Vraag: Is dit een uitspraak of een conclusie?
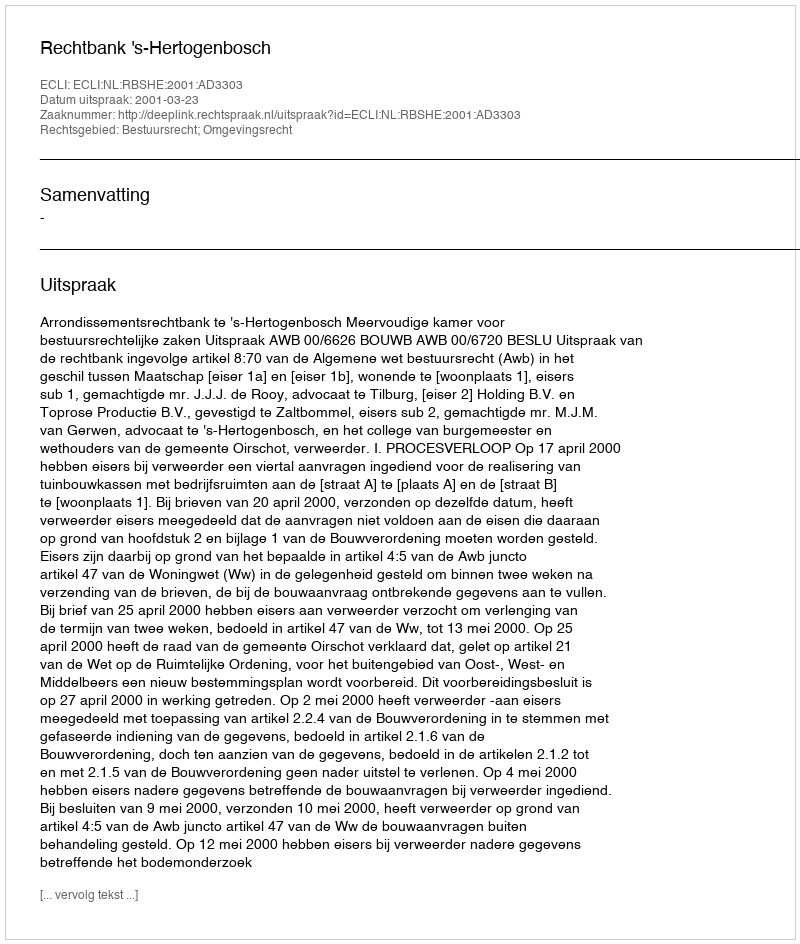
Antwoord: Uitspraak